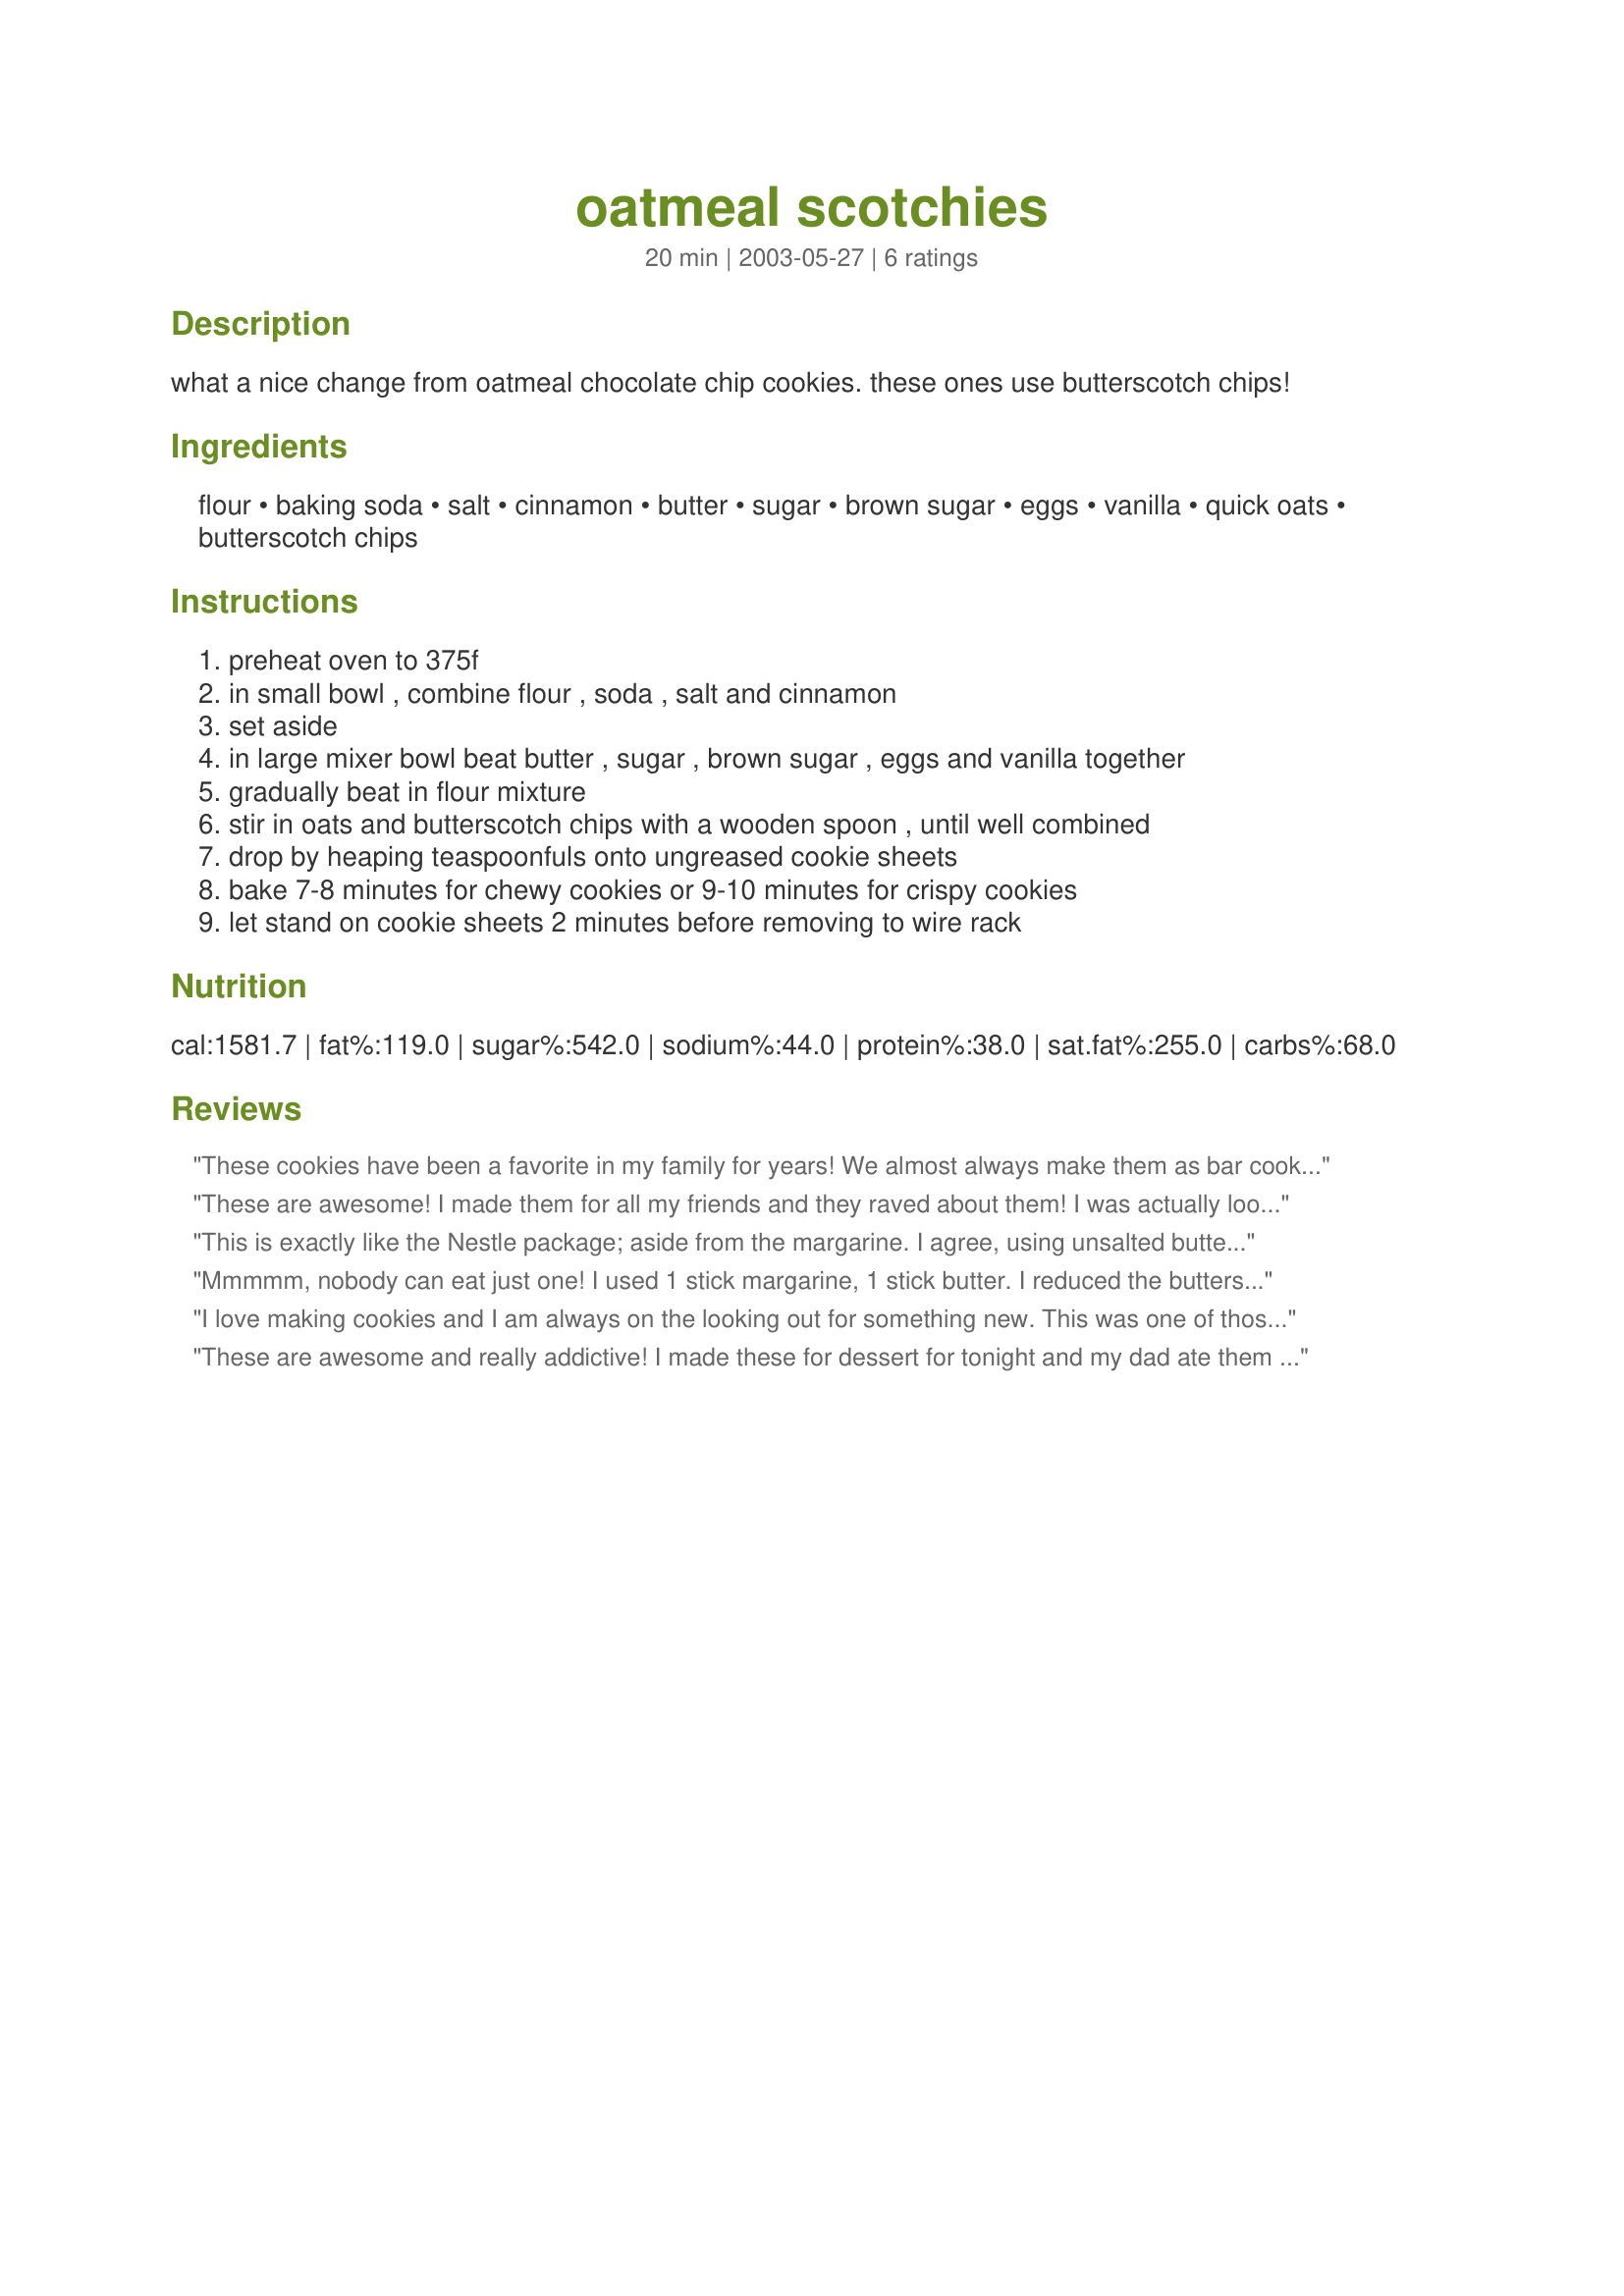
oatmeal scotchies
Preparation time: 20 minutes

what a nice change from oatmeal chocolate chip cookies. these ones use butterscotch chips!

Ingredients:
flour, baking soda, salt, cinnamon, butter, sugar, brown sugar, eggs, vanilla, quick oats, butterscotch chips

Steps:
preheat oven to 375f
in small bowl , combine flour , soda , salt and cinnamon
set aside
in large mixer bowl beat butter , sugar , brown sugar , eggs and vanilla together
gradually beat in flour mixture
stir in oats and butterscotch chips with a wooden spoon , until well combined
drop by heaping teaspoonfuls onto ungreased cookie sheets
bake 7-8 minutes for chewy cookies or 9-10 minutes for crispy cookies
let stand on cookie sheets 2 minutes before removing to wire rack

Reviews:
These cookies have been a favorite in my family for years! We almost always make them as bar cookies by spreading the dough in a 9x13-inch pan, and put in one package of butterscotch chips. These cookies are unique and delicious!
These are awesome! I made them for all my friends and they raved about them! I was actually looking up the recipe today and noticed I didn't post a review. This is a keeper!
This is exactly like the Nestle package; aside from the margarine. I agree, using unsalted butter always produces a better tasting cookie! I used 1 cup each of chocolate and butterscotch chips. Yum!
Mmmmm, nobody can eat just one! I used 1 stick margarine, 1 stick butter. I reduced the butterscotch chips to 1 cup. I didn't let them stand on the cookie sheets a whole 2 minutes after removing from the oven - just several seconds, and it helped. They're delicious!
I love making cookies and I am always on the looking out for something new. This was one of those cookies. I loved the mix of oatmeal and butterscotch chips. I will definately make these again. They would be a great cookie for a bake sale, which is exactly what I did with some of these cookies.
These are awesome and really addictive! I made these for dessert for tonight and my dad ate them like a crazy kid! Haha! He loved these. For the first time I ever got butterscotch chips in my hands(thanks to my dear Uncle Miller on Zaar who sent me a RAK package that had a pkt. of these chips)and hence, I could give this recipe a try. THANK YOU, Uncle MILLER! I did substitute butter with margarine. Moreover, I used 1 cup of "melted" margarine and not softened. I baked these as muffins instead of drop cookies because, to be honest, I was short of the trays in which I bake as they had other Zaar goodies in 'em;). I baked these at 200C for 20 minutes(and I had pre-heated my oven to 200C). Another thing that annoyed me was my brown sugar turning rock hard that made a mess. To be honest, I had creamed the white sugar and egg mixture together, and I had put in the rock hard brown sugar to soften in my oven and heated it for 2 minutes. But, the minute I took it out and stirred it, it hardened like stone. The worst part was I had added it by then to the white sugar and egg mixture. So, I got so frustrated that I had to throw away that whole mixture. But, then, I re-started it from scratch, and this time, I used 3/4 cup + 3/4 cup of white sugar(the second 3/4 cup was a substitute for the brown sugar). All worked well this time:) Thank the Lord!
Oh and I was halfway through making this, when I realised that the butterscotch chips packet contained butterscotch chips equivalent to only 1 2/3 cups and not 2 cups! So, I grated and added in Lindt dark chocolate(a little over 1/2 cup) and proceeded with the recipe as directed. My house smelt like a bakery while these baked:) These are wonderful. I even packed 3 of these for one of dad's co-worker's family who is leaving for India tomorrow. This was a special food gift for her from Zaar! I'm so glad I tried these, thanks so much for sharing!
